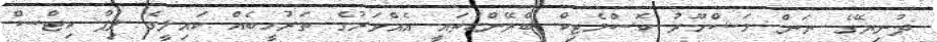
ދުނިޔޭގެ ނަން މަޝްހޫރު ކޮސްމެޓިކް ބްރޭންޑުތައީ އެއްވަރުގެ ތަރުހީބެއް ކައިލީގެ ލިޕް ކިޓްސް